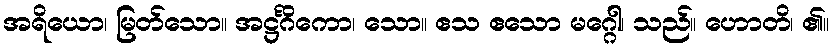
အရိယော၊ မြတ်သော။ အဋ္ဌင်္ဂိကော၊ သော။ ဧသ ဧသော မဂ္ဂေါ၊ သည်။ ဟောတိ၊ ၏။